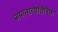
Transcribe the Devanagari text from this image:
जपानाव्यतिरिक्त